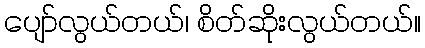
ပျော်လွယ်တယ်၊ စိတ်ဆိုုးလွယ်တယ်။